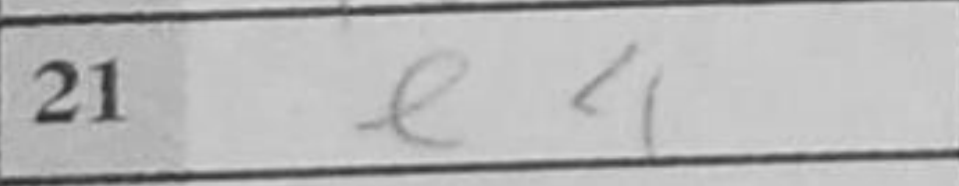
Transcription: e4